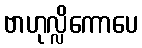
ဗာဟုလ္လိကောပေ